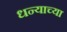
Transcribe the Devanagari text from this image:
धन्याच्या